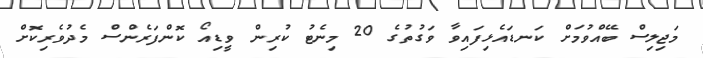
މަޖިލިސް ބޭއްވުމަށް ކަނޑައެޅިފައިވާ ވަގުތުގެ 20 މިނެޓު ކުރިން ވީޑިއޯ ކޮންފަރެންސް މެދުވެރިކޮށް